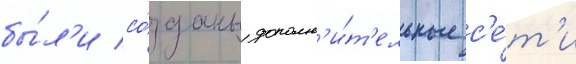
бы́л'и со́зданы дополн'и́т'ельные с'е́т'и